Indian journal of veterinary science and animal husbandry - Volume 4,
Year: 1934
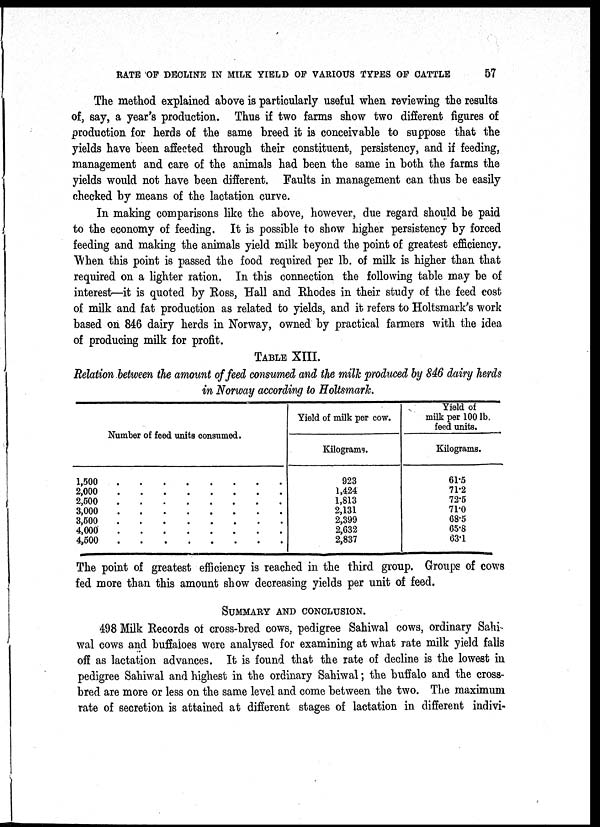
RATE OF DECLINE IN MILK YIELD OF VARIOUS TYPES OF CATTLE
57
The method explained above is particularly useful when reviewing the results
of, say, a year's production. Thus if two farms show two different figures of
production for herds of the same breed it is conceivable to suppose that the
yields have been affected through their constituent, persistency, and if feeding,
management and care of the animals had been the same in both the farms the
yields would not have been different. Faults in management can thus be easily
checked by means of the lactation curve.
In making comparisons like the above, however, due regard should be paid
to the economy of feeding. It is possible to show higher persistency by forced
feeding and making the animals yield milk beyond the point of greatest efficiency.
When this point is passed the food required per lb. of milk is higher than that
required on a lighter ration. In this connection the following table may be of
interest—it is quoted by Ross, Hall and Rhodes in their study of the feed cost
of milk and fat production as related to yields, and it refers to Holtsmark's work
based on 846 dairy herds in Norway, owned by practical farmers with the idea
of producing milk for profit.
TABLE XIII.
Relation between the amount of feed consumed and the milk produced by 846 dairy herds
in Norway according to Holtsmark.
Number of feed units consumed.
1,500
2,000
2,600
3,000
3,500
4,000
4,500
.......
........
......
.......
.......
........
.......
Yield of milk per cow.
Kilograms.
923
1,424
1,813
2,131
2,399
2,632
2,837
Yield of
milk per 100 lb,
feed units.
Kilograms.
61.5
71.2
72.5
71.0
68.5
65.8
63.1
The point of greatest efficiency is reached in the third group. Groups of cows
fed more than this amount show decreasing yields per unit of feed.
SUMMARY AND CONCLUSION.
498 Milk Records of cross-bred cows, pedigree Sahiwal cows, ordinary Sahi-
wal cows and buffaloes were analysed for examining at what rate milk yield falls
off as lactation advances. It is found that the rate of decline is the lowest in
pedigree Sahiwal and highest in the ordinary Sahiwal; the buffalo and the cross-
bred are more or less on the same level and come between the two. The maximum
rate of secretion is attained at different stages of lactation in different indivi¬